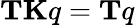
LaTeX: \mathbf{TK}q=\mathbf{T}q